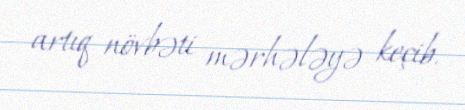
artıq növbəti mərhələyə keçib.